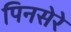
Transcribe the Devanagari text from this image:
पिनसेरे